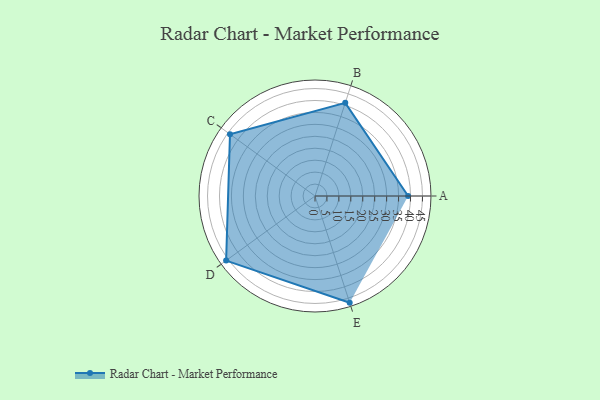
{"axis": {"x": "Skill", "y": "Score"}, "legend": ["Profile"], "data": [{"x": "A", "y": 39.0, "type": "Profile"}, {"x": "B", "y": 41.0, "type": "Profile"}, {"x": "C", "y": 44.0, "type": "Profile"}, {"x": "D", "y": 46.0, "type": "Profile"}, {"x": "E", "y": 47.0, "type": "Profile"}]}